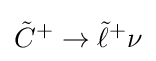
{\tilde {C}}^{+}\rightarrow {\tilde {\ell }}^{+}\nu